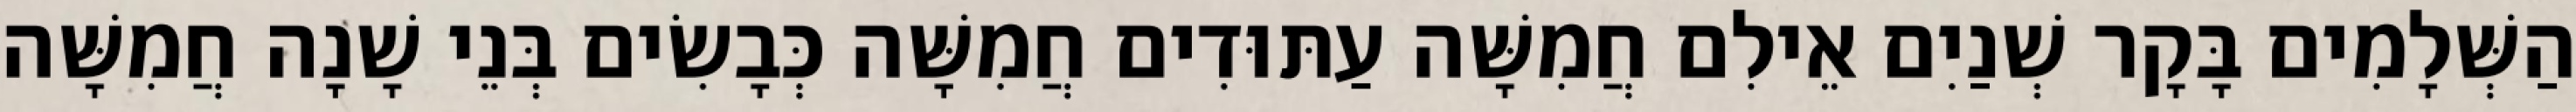
הַשְּׁלָמִים בָּקָר שְׁנַיִם אֵילִם חֲמִשָּׁה עַתּוּדִים חֲמִשָּׁה כְּבָשִׂים בְּנֵי שָׁנָה חֲמִשָּׁה